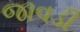
જાવડી